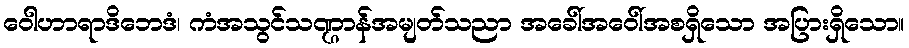
ဝေါဟာရာဒိဘေဒံ၊ ကံအသွင်သဏ္ဌာန်အမျတ်သညာ အခေါ်အဝေါ်အစရှိသော အပြားရှိသော။